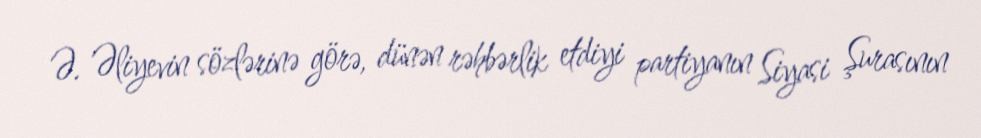
Ə. Əliyevin sözlərinə görə, dünən rəhbərlik etdiyi partiyanın Siyasi Şurasının